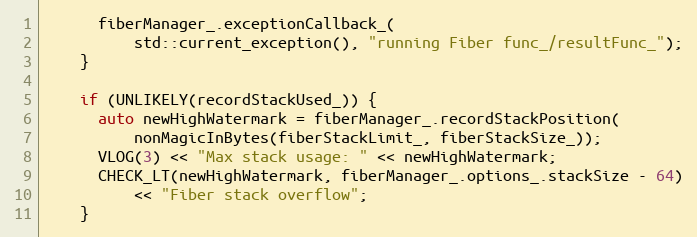
Language: C++
      fiberManager_.exceptionCallback_(
          std::current_exception(), "running Fiber func_/resultFunc_");
    }

    if (UNLIKELY(recordStackUsed_)) {
      auto newHighWatermark = fiberManager_.recordStackPosition(
          nonMagicInBytes(fiberStackLimit_, fiberStackSize_));
      VLOG(3) << "Max stack usage: " << newHighWatermark;
      CHECK_LT(newHighWatermark, fiberManager_.options_.stackSize - 64)
          << "Fiber stack overflow";
    }